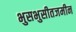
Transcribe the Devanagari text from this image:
भुसभुसीतजमीन